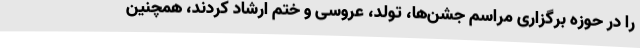
را در حوزه برگزاری مراسم جشن‌ها، تولد، عروسی و ختم ارشاد کردند، همچنین